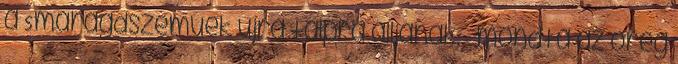
a Smaragdszeműek újra talpra álljanak. – mondta az öreg